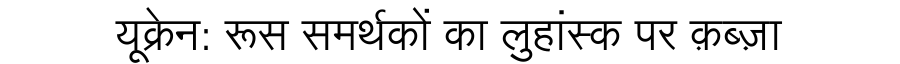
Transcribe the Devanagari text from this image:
यूक्रेन: रूस समर्थकों का लुहांस्क पर क़ब्ज़ा